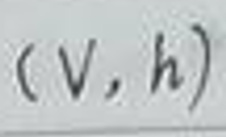
$(V, h)$